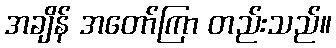
အချိန် အတော်ကြာ တည်းသည်။